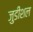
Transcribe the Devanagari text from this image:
जुडीशल